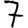
Digit: 7